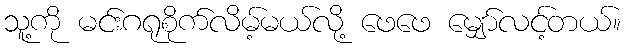
သူ့ကို မင်းဂရုစိုက်လိမ့်မယ်လို့ ဖေဖေ မျှော်လင့်တယ်။